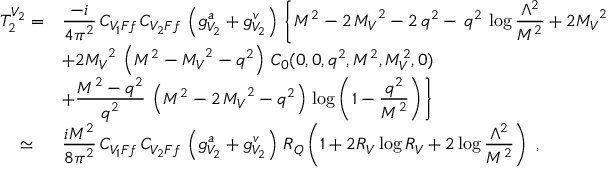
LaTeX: \begin{array} { l l } { { T _ { 2 } ^ { V _ { 2 } } = } } & { { \frac { \displaystyle - i } { \displaystyle 4 \pi ^ { 2 } } \, C _ { V _ { 1 } F f } \, C _ { V _ { 2 } F f } \, \left( g _ { V _ { 2 } } ^ { a } + g _ { V _ { 2 } } ^ { v } \right) \, \Biggl \{ { M ^ { 2 } } - 2 \, { { M _ { V } } ^ { 2 } } - 2 \, { q ^ { 2 } } - \, { q ^ { 2 } } \, \log \frac { \displaystyle \Lambda ^ { 2 } } { \displaystyle M ^ { 2 } } + 2 { { M _ { V } } ^ { 2 } } \, \log \frac { \displaystyle M ^ { 2 } } { \displaystyle M _ { V } ^ { 2 } } } } \\ { { } } & { { + 2 { { M _ { V } } ^ { 2 } } \, \left( { M ^ { 2 } } - { { M _ { V } } ^ { 2 } } - { q ^ { 2 } } \right) \, C _ { 0 } ( 0 , 0 , q ^ { 2 } , M ^ { 2 } , M _ { V } ^ { 2 } , 0 ) } } \\ { { } } & { { + \frac { \displaystyle M ^ { 2 } - q ^ { 2 } } { \displaystyle q ^ { 2 } } \, \left( { M ^ { 2 } } - 2 \, { { M _ { V } } ^ { 2 } } - { q ^ { 2 } } \right) \, \log \left( 1 - \frac { \displaystyle q ^ { 2 } } { \displaystyle M ^ { 2 } } \right) \Biggr \} } } \\ { { \; \; \; \; \simeq } } & { { \frac { \displaystyle i M ^ { 2 } } { \displaystyle 8 \pi ^ { 2 } } \, C _ { V _ { 1 } F f } \, C _ { V _ { 2 } F f } \, \left( g _ { V _ { 2 } } ^ { a } + g _ { V _ { 2 } } ^ { v } \right) \, R _ { Q } \left( 1 + 2 R _ { V } \log R _ { V } + 2 \log \frac { \displaystyle \Lambda ^ { 2 } } { \displaystyle M ^ { 2 } } \right) \; , } } \end{array}